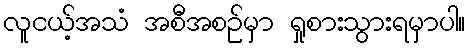
လူငယ့်အသံ အစီအစဉ်မှာ ရှုစားသွားရမှာပါ။